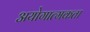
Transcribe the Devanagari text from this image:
अयोगात्मकता